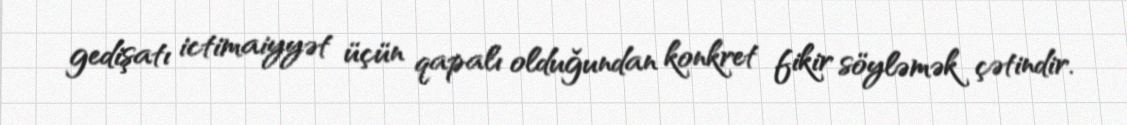
gedişatı ictimaiyyət üçün qapalı olduğundan konkret fikir söyləmək çətindir.